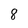
Character: 8